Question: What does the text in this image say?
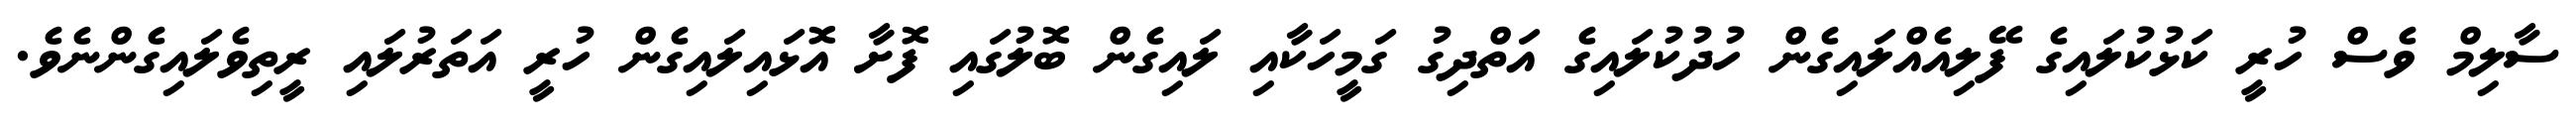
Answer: ސާލިމް ވެސް ހުރީ ކަޅުކުލައިގެ ފޭލިއެއްލައިގެން ހުދުކުލައިގެ އަތްދިގު ގަމީހަކާއި ލައިގެން ބޮލުގައި ފޮށާ އޮޅައިލައިގެން ހުރީ އަތަރުލައި ރީތިވެލައިގެންނެވެ.